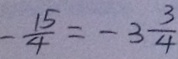
- \frac { 1 5 } { 4 } = - 3 \frac { 3 } { 4 }